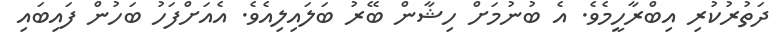
ދަތުރުކުރި އިބްރާހީމެވެ. އެ ބުނުމަށް ހިޝާން ބޭރު ބަލައިލިއެވެ. އެއަށްފަހު ބަހުން ފައިބައި